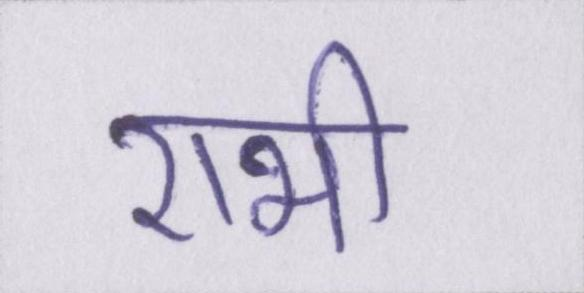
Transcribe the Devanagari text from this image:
राभी